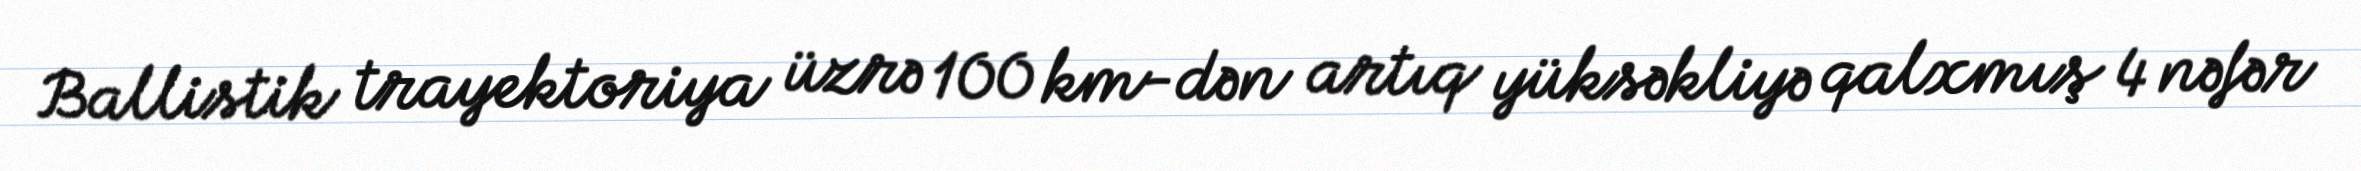
Ballistik trayektoriya üzrə 100 km-dən artıq yüksəkliyə qalxmış 4 nəfər